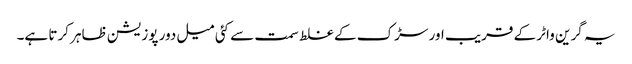
یہ گرین واٹر کے قریب اور سڑک کے غلط سمت سے کئی میل دور پوزیشن ظاہر کرتا ہے۔